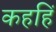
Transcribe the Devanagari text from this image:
कहहिं